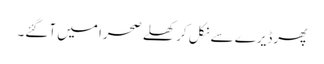
پھرڈیرے سے نکل کر کھلے صحرا میں آگئے۔